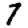
Digit: 7